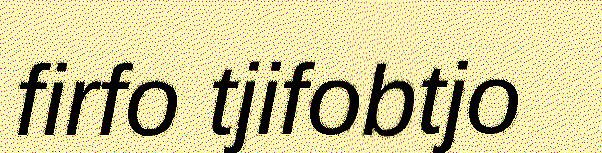
firfo tjifobtjo